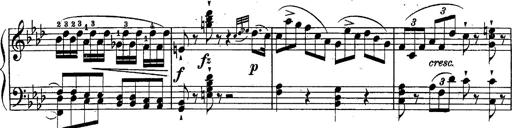
Title: Schubert's Impromptus [revised and edited by Franz Liszt]
Composer: Franz Liszt